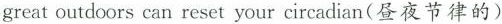
great outdoors can reset your circadian(昼夜节律的)